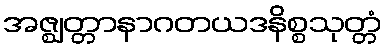
အဇ္ဈတ္တာနာဂတယဒနိစ္စသုတ္တံ